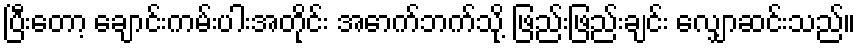
ပြီးတော့ ချောင်းကမ်းပါးအတိုင်း အောက်ဘက်သို့ ဖြည်းဖြည်းချင်း လျှောဆင်းသည်။